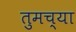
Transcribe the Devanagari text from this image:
तुमच्‍या